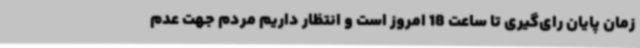
زمان پایان رای‌گیری تا ساعت 18 امروز است و انتظار داریم مردم جهت عدم